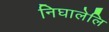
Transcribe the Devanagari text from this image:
निघालेलि